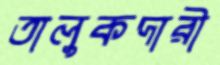
তালুকদারী